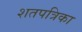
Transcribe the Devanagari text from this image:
शतपत्रिका